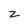
Character: z